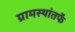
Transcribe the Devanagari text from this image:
ग्रामस्थांतर्फे